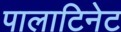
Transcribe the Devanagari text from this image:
पालाटिनेट